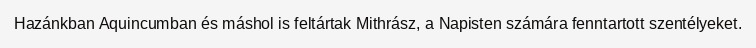
Hazánkban Aquincumban és máshol is feltártak Mithrász, a Napisten számára fenntartott szentélyeket.